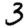
Digit: 3